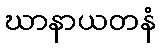
ဃာနာယတနံ